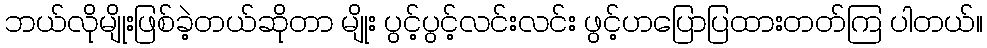
ဘယ်လိုမျိုးဖြစ်ခဲ့တယ်ဆိုတာ မျိုး ပွင့်ပွင့်လင်းလင်း ဖွင့်ဟပြောပြထားတတ်ကြ ပါတယ်။